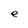
Character: e